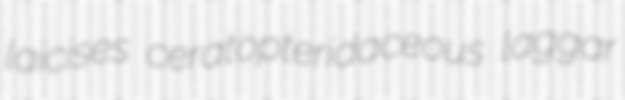
laicises ceratopteridaceous laggar